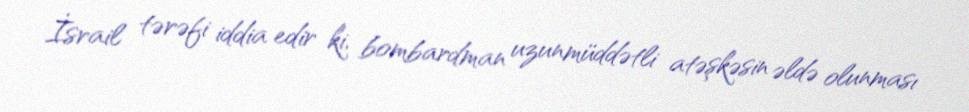
İsrail tərəfi iddia edir ki, bombardman uzunmüddətli atəşkəsin əldə olunması